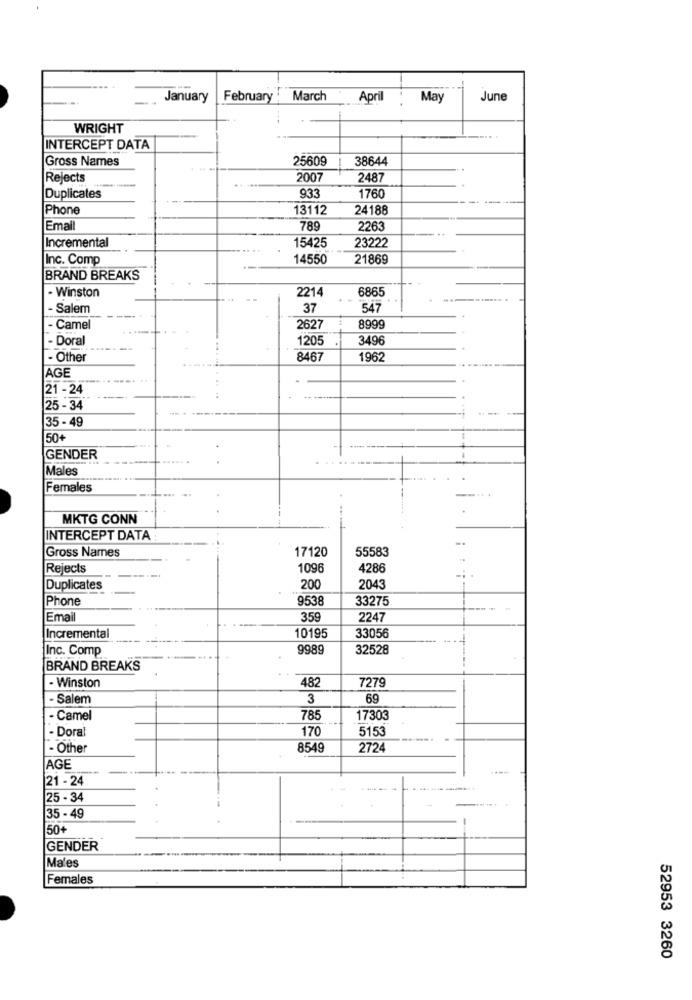
January
February . March
April
May
June
WRIGHT
INTERCEPT DATA
Gross Names
25609
38644
Rejects
2007
2487
933
Duplicates
1760
Phone
13112
24188
Email
789
2263
Incremental
15425
23222
Inc. Comp
14550
21869
BRAND BREAKS
6865
- Winston
2214
Salem
37
547
- Camel
2627
8999
- Doral
1205
3496
- Other
8467
1962
AGE
|21 - 24
25 - 34
35 - 49
50+
GENDER
Males
Females
MKTG CONN
INTERCEPT DATA
Gross Names
17120
55583
Rejects
1096
4286
Duplicates
200
2043
Phone
9538
33275
Email
359
2247
Incremental
10195
33056
Inc. Comp
9989
32528
BRAND BREAKS
- Winston
482
7279
- Salem
3
69
- Camel
785
17303
- Doral
170
5153
- Other
8549
2724
AGE
21 - 24
25 - 34
35 - 49
50+
GENDER
Males
Females
52953 3260